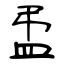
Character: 盄